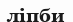
ліпби